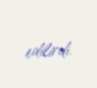
edilirdi.